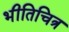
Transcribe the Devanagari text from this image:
भीतिचित्र